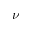
\nu